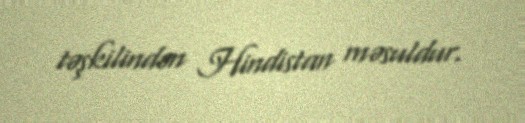
təşkilindən Hindistan məsuldur.